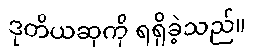
ဒုတိယဆုကို ရရှိခဲ့သည်။